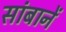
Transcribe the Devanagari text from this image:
सांबानें